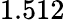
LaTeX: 1.512